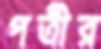
পত্রীর